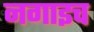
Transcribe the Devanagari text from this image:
नगाइच